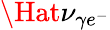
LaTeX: \Hat{\nu_{\gamma e^{-}}}